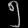
Digit: ၅